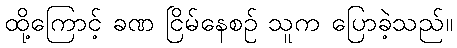
ထို့ကြောင့် ခဏ ငြိမ်နေစဉ် သူက ပြောခဲ့သည်။